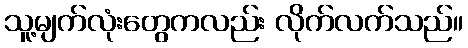
သူ့မျက်လုံးတွေကလည်း လိုက်လက်သည်။